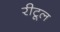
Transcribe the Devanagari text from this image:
रीटूल